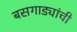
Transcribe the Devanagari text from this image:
बसगाड्यांची